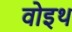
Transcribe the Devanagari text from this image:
वोइथ